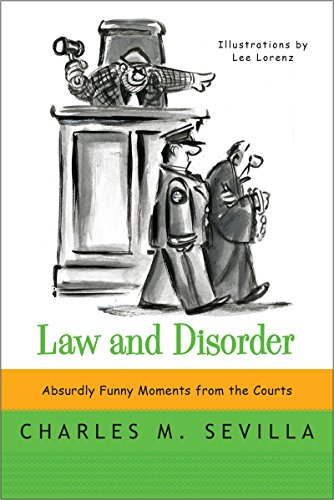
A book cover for Law and Disorder: Absurdly Funny Moments from the Courts; Charles M. Sevilla; Humor & Entertainment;